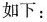
如下：